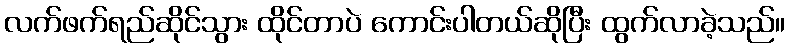
လက်ဖက်ရည်ဆိုင်သွား ထိုင်တာပဲ ကောင်းပါတယ်ဆိုပြီး ထွက်လာခဲ့သည်။